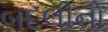
બદલીનો